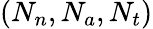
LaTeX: (N_{n},N_{a},N_{t})